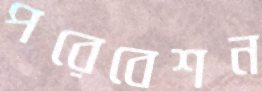
পরেবেশন